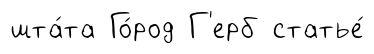
шта́та Го́род Г'ерб статье́